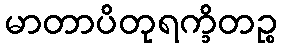
မာတာပိတုရက္ခိတဉ္စ